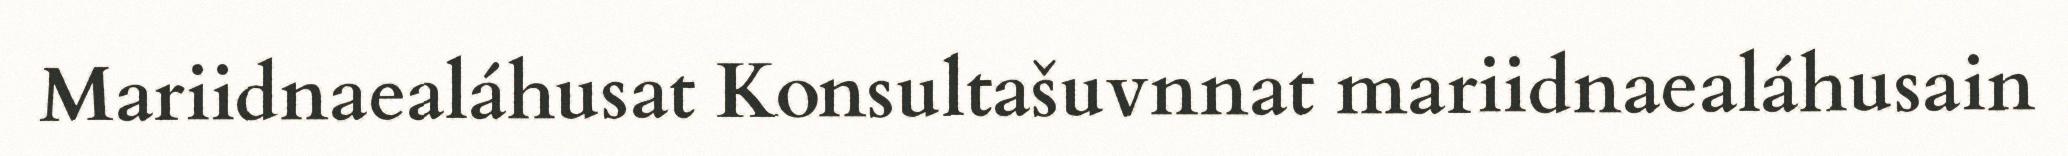
Mariidnaealáhusat Konsultašuvnnat mariidnaealáhusain